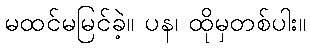
မထင်မမြင်ခဲ့။ ပန၊ ထိုမှတစ်ပါး။